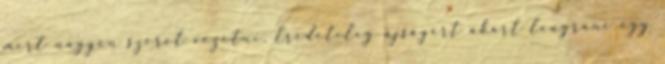
mert nagyon szeret vezetni. Eredetileg újságért akart leugrani egy